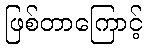
ဖြစ်တာကြောင့်